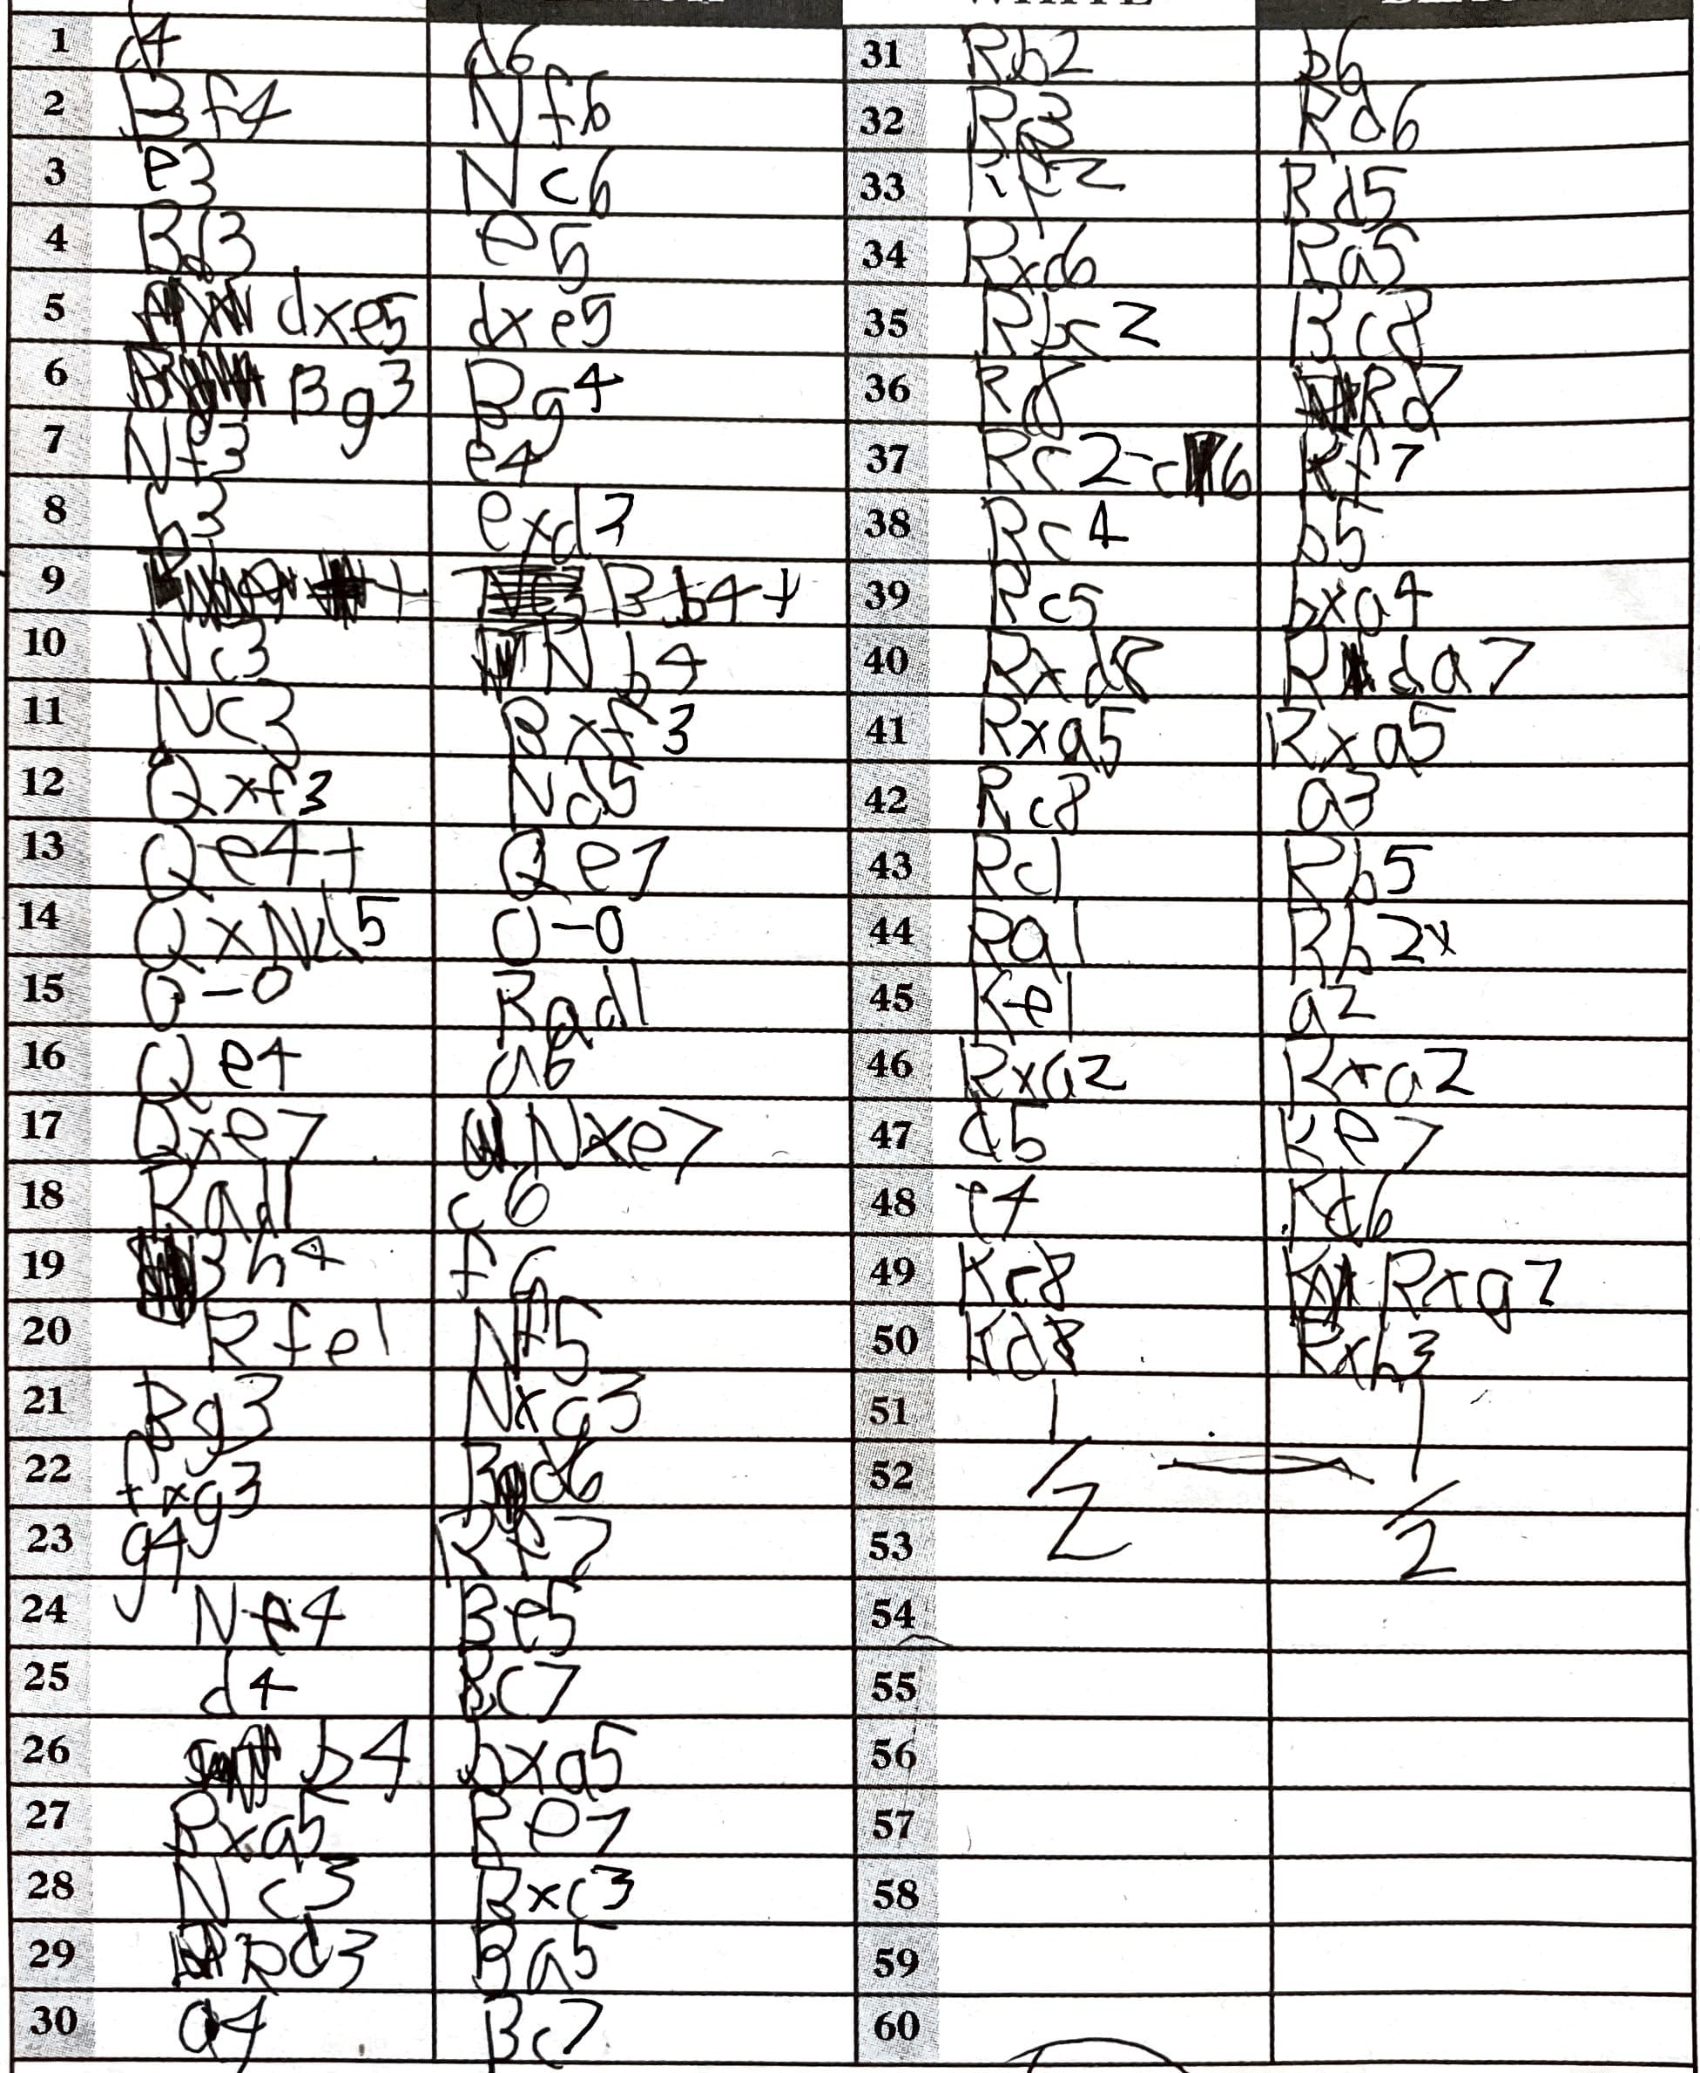
Moves: d4 d6 Bf4 Nf6 e3 Nc6 Bd3 e5 dxe5 dxe5 Bg3 Bg4 Nf3 e4 b3 exd3 Bb4+ Nc3 Nb4 Nc3 Bxf3 Qxf3 Nd5 Qe4+ Qe7 QxNd5 O-O O-O Rd1 Qe4 a6 Qxe7 Nxe7 Rad1 c6 Bh4 f6 Rfe1 Nf5 Bg3 Nxg3 fxg3 Bd6 g4 Rf7 Ne4 Be5 d4 Rc7 b4 bxa5 Bxa5 Re7 Nc3 Bxc3 Rd3 Ba5 a4 Bc7 Rb2 b6 Rc3 Rd6 Kf2 Rd5 Rxc6 Ra5 Rbc2 Bc8 Rc8 Rd7 Rc2-c6 Rf7 Rc4 b5 Rc5 bxa4 Rxd8 Rda7 Rxa5 Rxa5 Rc8 a3 Rc1 Rb5 Ra1 Rb2x Ke1 a2 Rxa2 Rxa2 d5 Ke7 e4 Kd6 Kc8 Rxg2 Kd2 Rxh3